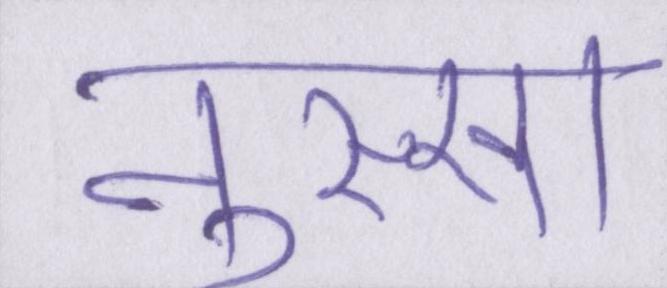
नुस्खा